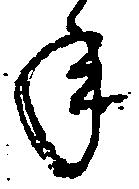
年